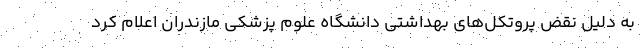
به دلیل نقض پروتکل‌های بهداشتی دانشگاه علوم پزشکی مازندران اعلام کرد